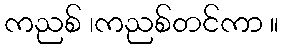
ကညစ် ၊ကညစ်တင်ကာ ။